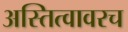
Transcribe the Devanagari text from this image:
अस्तित्वावरच